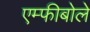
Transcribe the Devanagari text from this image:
एम्फीबोले